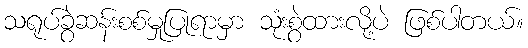
သရုပ်ခွဲဆန်းစစ်မှုပြုရာမှာ သုံးစွဲထားလို့ပဲ ဖြစ်ပါတယ်။